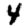
Digit: 4